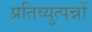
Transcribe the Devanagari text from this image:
प्रतिव्युत्पन्नों